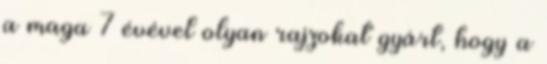
a maga 7 évével olyan rajzokat gyárt, hogy a